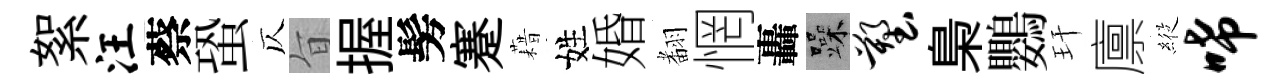
絮汪蔡蛩仄旨握髣蹇藉姓婚𮋒惘轟躁塑梟鸚玕廪𦂵唏